Vaccination in Burma 1920-1933 - 1920-1933
Year: 1920
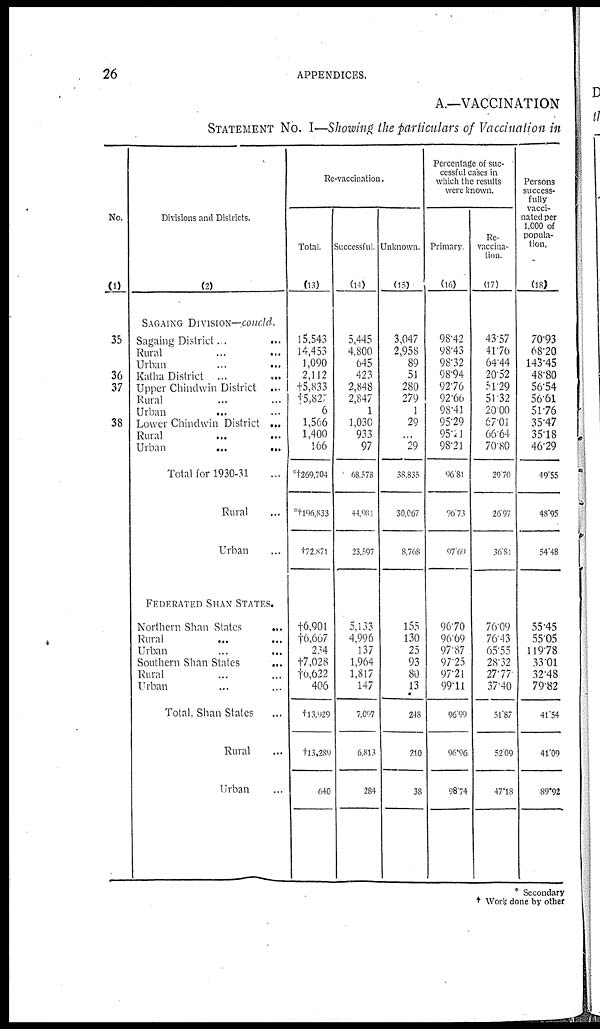
26
APPENDICES.
A.—VACCINATION
STATEMENT NO. I—Showing the particulars of Vaccination in
No.
(1)
35
36
37
38
Divisions and Districts.
(2)
SAGAING DIVISION—concld.
Sagaing District ... ...
Rural ... ...
Urban ... ...
Katha District
...
...
Upper Chindwin District ...
Rural ... ...
Urban ... ...
Lower Chindwin District ...
Rural ... ...
Urban
...
...
Total for 1930-31 ...
Rural ...
Urban ...
FEDERATED SHAN STATES.
Northern Shan States
...
Rural ... ...
Urban ... ...
Southern Shan States
...
Rural ... ...
Urban ... ...
Total, Shan States ...
Rural ...
Urban ...
Re-vaccination.
Total.
(13)
15,543
14,453
1,090
2,112
†5,833
†15,827
6
1,566
1,400
166
*†269,704
*†196,833
†72,871
†6,901
†6,607
234
†7,028
†6,622
406
†13,929
†13,289
640
Successful
(14)
5,445
4,800
645
423
2,848
2,847
1
1,030
933
97
68,578
44,081
23,597
5,133
4,996
137
1,964
1,817
147
7,097
6,813
284
Unknown.
(15)
3,047
2,958
89
51
280
279
1
29
...
29
38,835
30,067
8,768
155
130
25
93
80
13
248
210
38
Percentage of suc-
cessful cases in
which the results
were known.
Primary
(16)
98.42
98.43
98.32
98.94
92.76
92.60
98.41
95.29
95.21
98.21
96.81
96.73
97.69
96.70
96.69
97.87
97.25
97.21
99.11
96.99
96.96
98.74
Re-
vaccina-
tion.
(17)
43.57
41.76
64.44
20.52
51.29
51.32
20.00
67.01
66.64
70.80
29.70
26.97
36.81
76.09
76.43
65.55
28.32
27.77
37.40
51.87
52.09
47.18
Persons
success-
fully
vacci-
nated per
1,000 of
popula-
tion.
(18)
70.93
68.20
143.45
48.80
56.54
56.61
51.76
35.47
35.18
46.29
49.55
48.95
54.48
55.45
55.05
119.78
33.01
32.48
79.82
41.54
41.09
89.92
* Secondary
† Work done by other